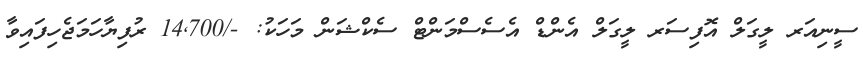
ސީނިއަރ ލީގަލް އޮފިސަރ ލީގަލް އެންޑް އެސެސްމަންޓް ސެކްޝަން މަހަކު: -/14